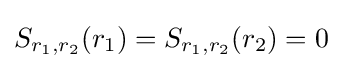
S_{r_{1},r_{2}}(r_{1})=S_{r_{1},r_{2}}(r_{2})=0